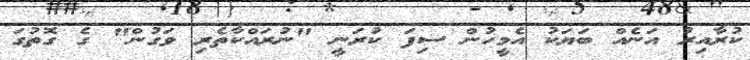
ކުރާއިރު އަނެއް ބަޔަކު އެމީހުން ސިފަ ކުރަނީ "ނުރައްކާތެރި ވަގުން" ގެ ގޮތުގަ